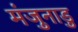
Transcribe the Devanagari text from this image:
मंजुनाडु